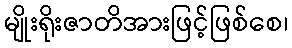
မျိုးရိုးဇာတိအားဖြင့်ဖြစ်စေ၊